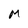
Character: M